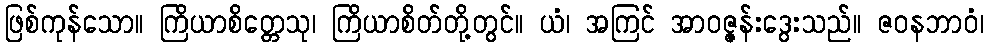
ဖြစ်ကုန်သော။ ကြိယာစိတ္တေသု၊ ကြိယာစိတ်တို့တွင်။ ယံ၊ အကြင် အာဝဇ္ဇန်းဒွေးသည်။ ဇဝနဘာဝံ၊